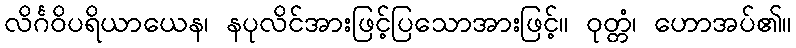
လိင်္ဂဝိပရိယာယေန၊ နပုလိင်အားဖြင့်ပြသောအားဖြင့်။ ဝုတ္တံ၊ ဟောအပ်၏။